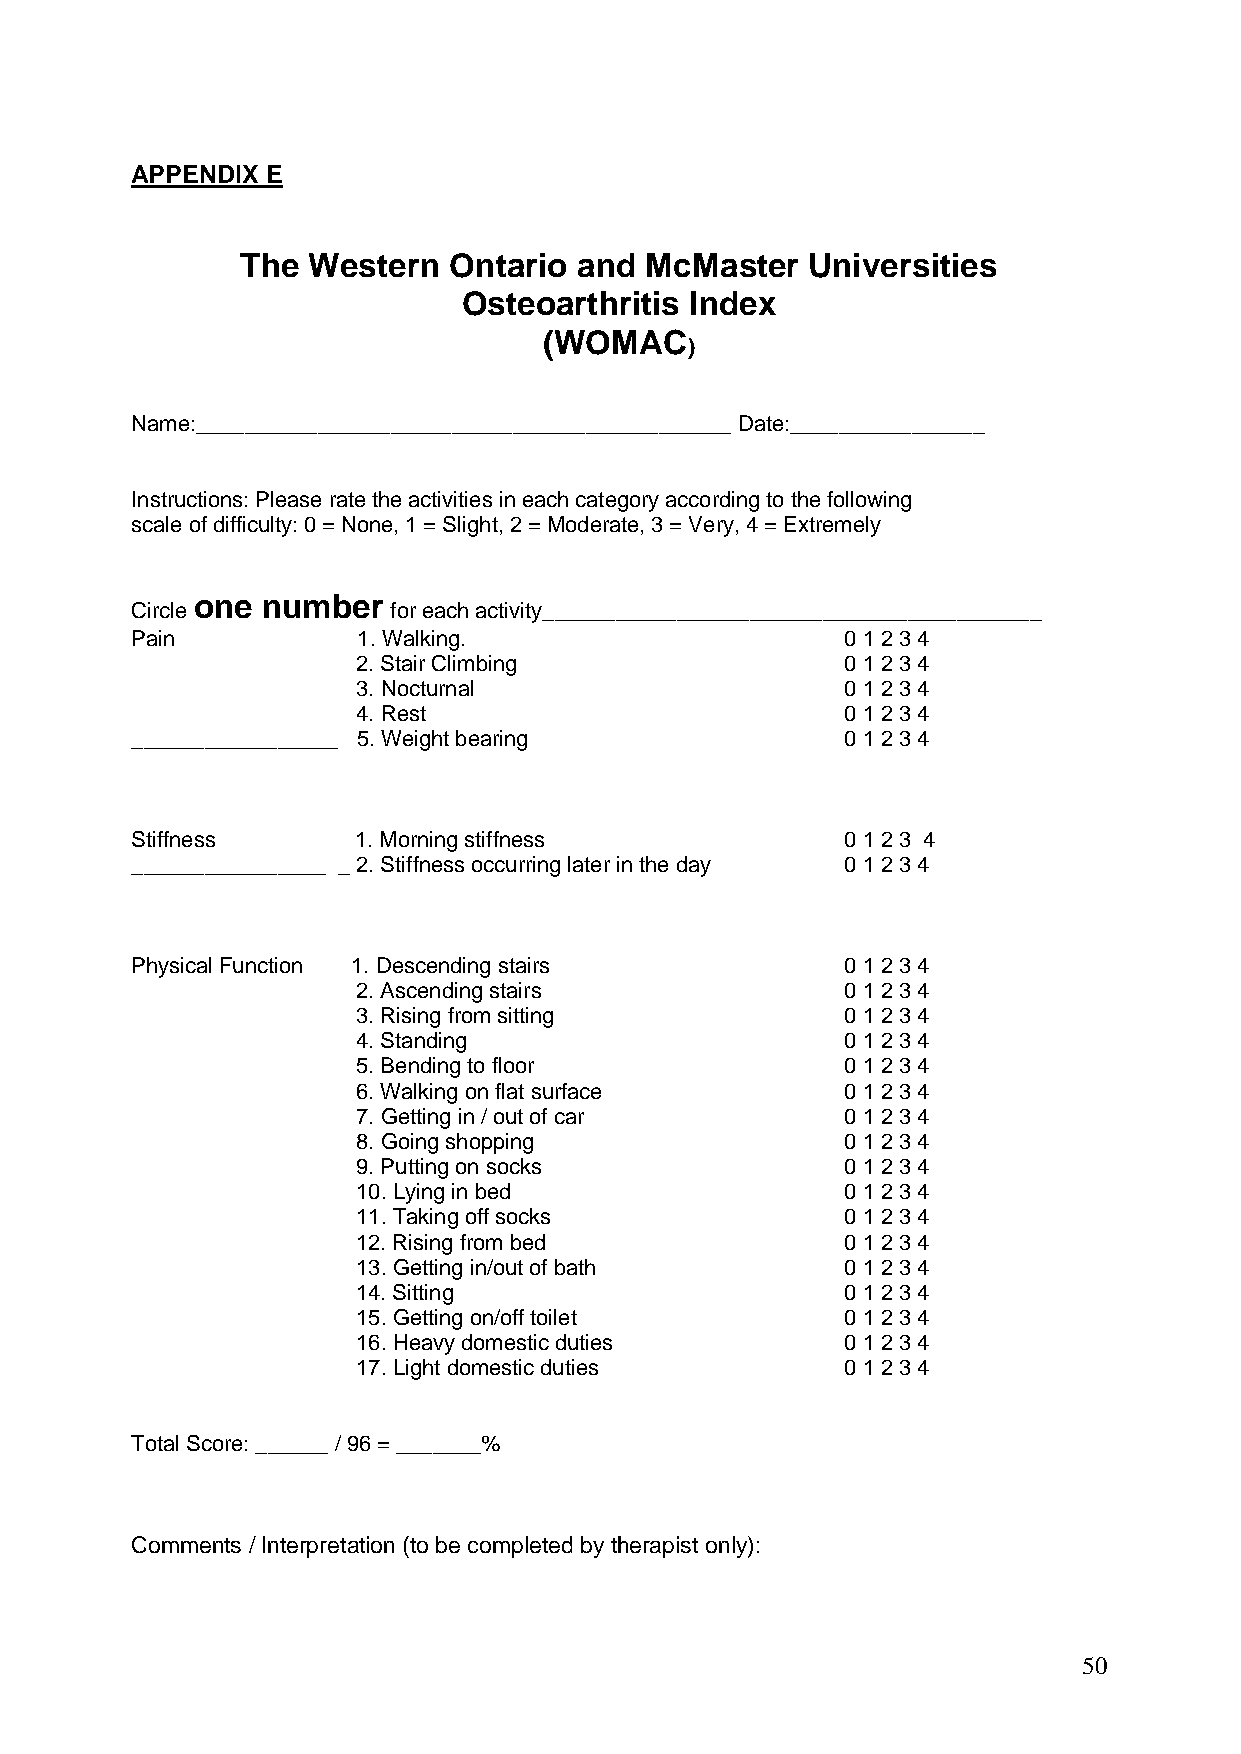
APPENDIX E
 The Western   Ontario and  McMaster   Universities
 Osteoarthritis Index
 (WOMAC
 )
 Name:____________________________________________ Date:________________
 Instructions: Please rate the activities in each category according to the following
 scale of difficulty: 0 = None, 1 = Slight, 2 = Moderate, 3 = Very, 4 = Extremely
 one number
 Circle           for each activity_________________________________________
 Pain           1. Walking.                     0 1 2 3 4
 2. Stair Climbing               0 1 2 3 4
 3. Nocturnal                    0 1 2 3 4
 4. Rest                         0 1 2 3 4
 _________________ 5. Weight bearing            0 1 2 3 4
 Stiffness     1. Morning stiffness             0 1 2 3 4
 ________________ _ 2. Stiffness occurring later in the day 0 1 2 3 4
 Physical Function 1. Descending stairs         0 1 2 3 4
 2. Ascending stairs             0 1 2 3 4
 3. Rising from sitting          0 1 2 3 4
 4. Standing                     0 1 2 3 4
 5. Bending to floor             0 1 2 3 4
 6. Walking on flat surface      0 1 2 3 4
 7. Getting in / out of car      0 1 2 3 4
 8. Going shopping               0 1 2 3 4
 9. Putting on socks             0 1 2 3 4
 10. Lying in bed                0 1 2 3 4
 11. Taking off socks            0 1 2 3 4
 12. Rising from bed             0 1 2 3 4
 13. Getting in/out of bath      0 1 2 3 4
 14. Sitting                     0 1 2 3 4
 15. Getting on/off toilet       0 1 2 3 4
 16. Heavy domestic duties       0 1 2 3 4
 17. Light domestic duties       0 1 2 3 4
 Total Score: ______ / 96 = _______%
 Comments / Interpretation (to be completed by therapist only):
 50